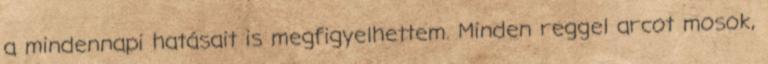
a mindennapi hatásait is megfigyelhettem. Minden reggel arcot mosok,